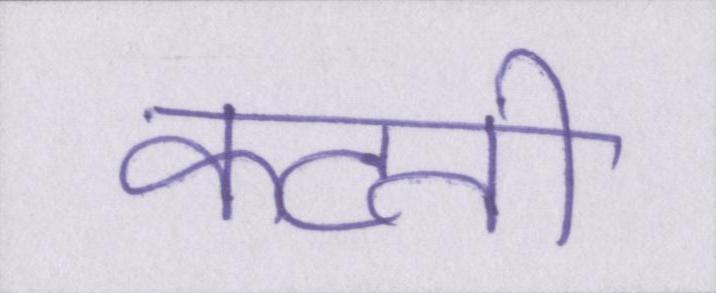
कटती